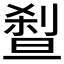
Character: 𰄼